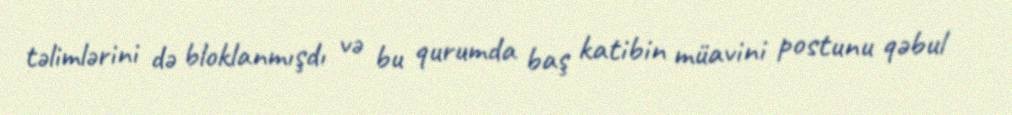
təlimlərini də bloklanmışdı və bu qurumda baş katibin müavini postunu qəbul